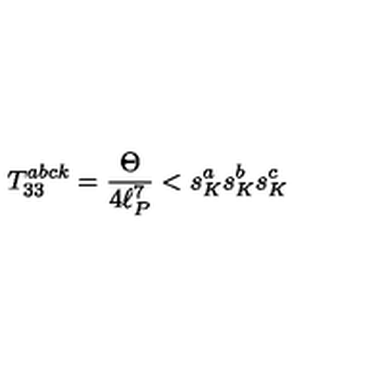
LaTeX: T _ { 3 3 } ^ { a b c k } = \frac { \Theta } { 4 \ell _ { P } ^ { 7 } } < s _ { K } ^ { a } s _ { K } ^ { b } s _ { K } ^ { c }